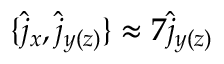
\{ \hat { j } _ { x } , \hat { j } _ { y ( z ) } \} \approx 7 \hat { j } _ { y ( z ) }